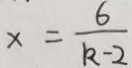
x = \frac { 6 } { k - 2 }